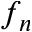
f _ { n }